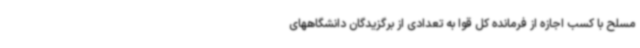
مسلح با کسب اجازه از فرمانده کل قوا به تعدادی از برگزیدگان دانشگاههای